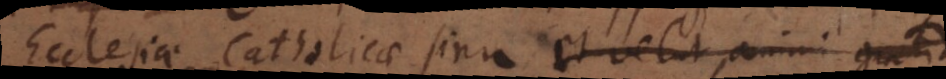
Ecclesiae Catholicae sinu et velut animi gratia